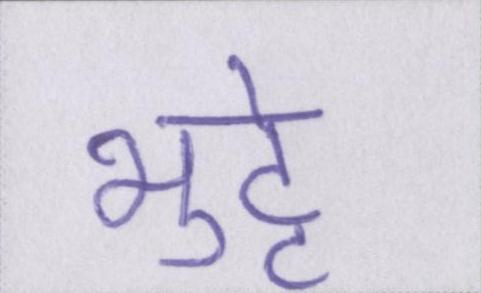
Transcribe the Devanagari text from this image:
भुट्टे